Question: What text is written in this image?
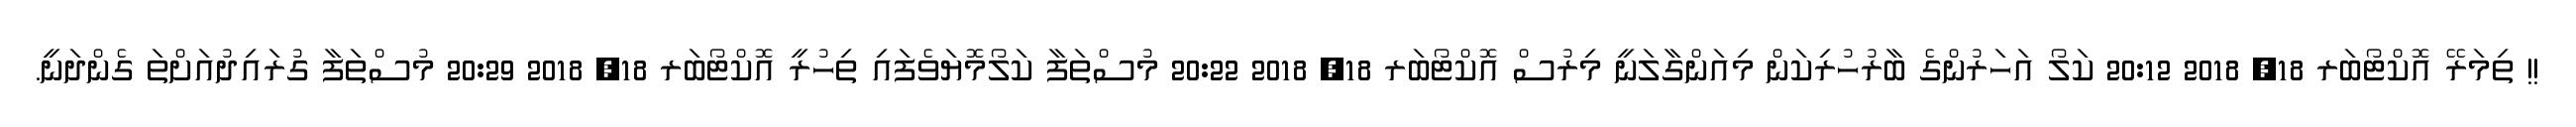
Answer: !! ތިމަރޭ އޮކްޓޯބަރ 18, 2018 20:12 ކަލޯ އަހަރުންގެ ބާރުހުރިކަން މިއަންގާލަނީ މިރުސް އޮކްޓޯބަރ 18, 2018 20:22 މުސްތަފާ ކަލޯމޮޔަވެފައި ތިހުރީ އޮކްޓޯބަރ 18, 2018 20:29 މުސްތަފާ ގުރައިދުއަށްތަ ގެންދަނީ.